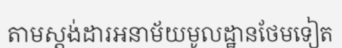
តាមស្តង់ដារអនាម័យមូលដ្ឋានថែមទៀត